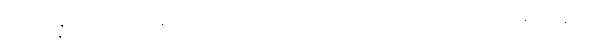
သံသန္နသင်္ကပ္ပမနော ကုသီတော၊ ပညာယ မဂ္ဂံ အလသော န ဝိန္ဒတိ။